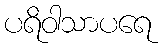
ပရိဝါသာပရေ